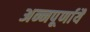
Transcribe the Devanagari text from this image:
अन्नपूर्णायै